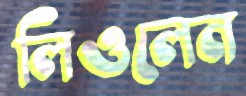
লিওলেন